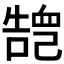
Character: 𢁏